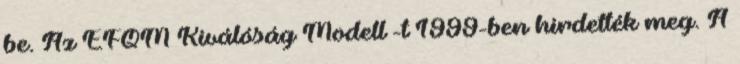
be. Az EFQM Kiválóság Modell®-t 1999-ben hirdették meg. A